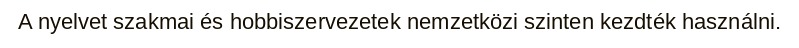
A nyelvet szakmai és hobbiszervezetek nemzetközi szinten kezdték használni.